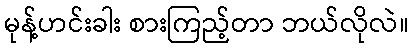
မုန့်ဟင်းခါး စားကြည့်တာ ဘယ်လိုလဲ။